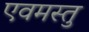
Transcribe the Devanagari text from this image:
एवमस्तु